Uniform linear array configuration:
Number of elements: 32
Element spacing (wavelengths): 0.5
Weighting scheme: blackman
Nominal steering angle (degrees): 30
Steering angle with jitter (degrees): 28.016
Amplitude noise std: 0.05
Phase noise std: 0.05

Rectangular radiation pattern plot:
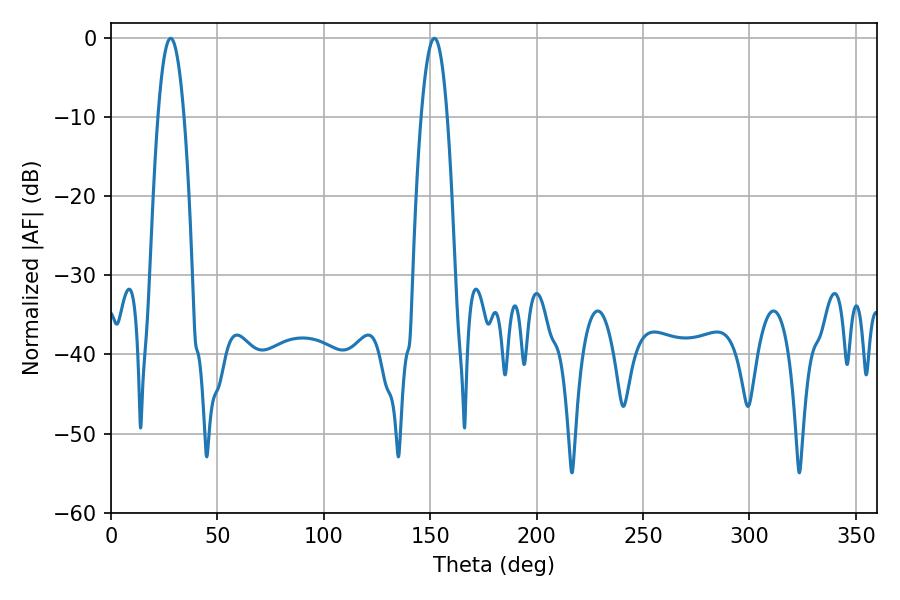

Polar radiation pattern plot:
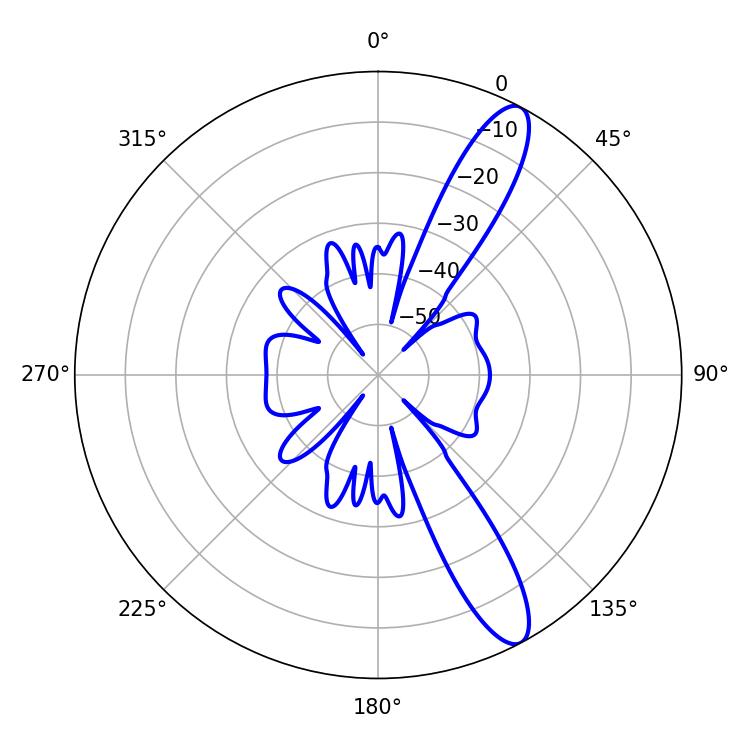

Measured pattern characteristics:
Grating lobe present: FALSE
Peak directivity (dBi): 12.242
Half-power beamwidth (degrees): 6.84
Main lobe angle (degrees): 28.08